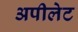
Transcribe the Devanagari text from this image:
अपीलेट